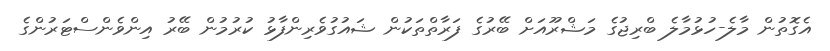
އެގޮތުން މާލެ-ހުޅުމާލެ ބްރިޖުގެ މަޝްރޫއަށް ބޭރުގެ ފަރާތްތަކުން ޝައުގުވެރިންފާޅު ކުރުމުން ބޭރު އިންވެންސްޓަރުންގެ